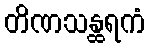
တိဏသန္ထရကံ